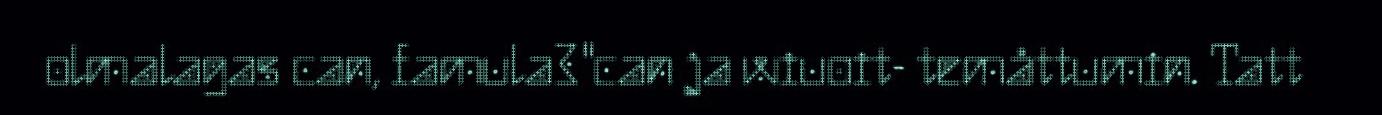
olmalagas can, famula3"can ja wiuoit- temåttumin. Tatt